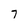
Character: 7